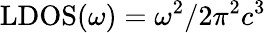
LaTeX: \textrm{LDOS}(\omega)=\omega^{2}/2\pi^{2}c^{3}